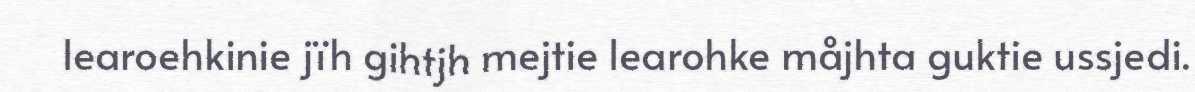
learoehkinie jïh gihtjh mejtie learohke måjhta guktie ussjedi.